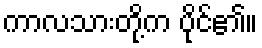
ကာလသားတို့က ပိုင်၏။